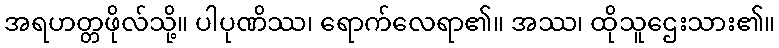
အရဟတ္တဖိုလ်သို့။ ပါပုဏိဿ၊ ရောက်လေရာ၏။ အဿ၊ ထိုသူဌေးသား၏။